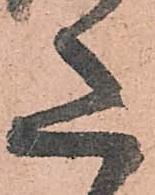
意